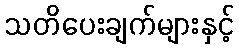
သတိပေးချက်များနှင့်